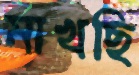
মাখছি